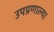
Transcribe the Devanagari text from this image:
उपप्रणाल्या